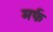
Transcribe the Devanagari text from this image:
मर्फ